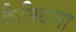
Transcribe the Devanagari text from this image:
कैलियाना